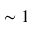
\sim 1